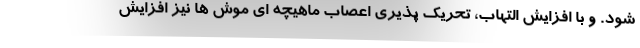
شود. و با افزایش التهاب، تحریک پذیری اعصاب ماهیچه ای موش ها نیز افزایش